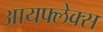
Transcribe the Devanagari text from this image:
आयफ्लेक्स